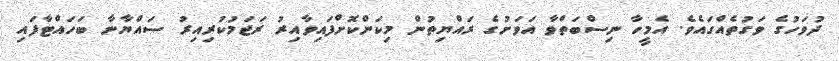
ދުވަހުގެ ވަގުތެއްގައެވެ. އެމީހާ ނިސްބަތްވާ އަވަށުގެ ރައްޔިތުން މިކަންކޮށްފައިވާއިރު ރަޖަމުކުރިއިރު ސައްޔާނާ ބަހައްޓާފައި